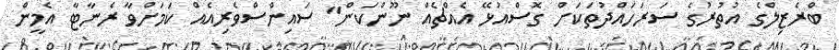
ބްރެޒިލްގެ އުތުރުގެ ސަރަހައްދުތަކަށް ގޮސްއުޅޭ އެއްޗެއް ނޫންކަން" ސައިންސްވެރިއެއް ކަމަށްވާ ރެނާޓާ އެމީން